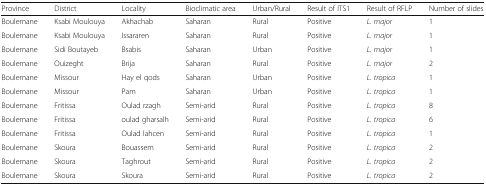
<table><thead><tr><td><b>Province</b></td><td><b>District</b></td><td><b>Locality</b></td><td><b>Bioclimatic area</b></td><td><b>Urban/Rural</b></td><td><b>Result of ITS1</b></td><td><b>Result of RFLP</b></td><td><b>Number of slides</b></td></tr></thead><tbody><tr><td>Boulemane</td><td>Ksabi Moulouya</td><td>Akhachab</td><td>Saharan</td><td>Rural</td><td>Positive</td><td><i>L. major</i></td><td>1</td></tr><tr><td>Boulemane</td><td>Ksabi Moulouya</td><td>Issararen</td><td>Saharan</td><td>Rural</td><td>Positive</td><td><i>L. major</i></td><td>1</td></tr><tr><td>Boulemane</td><td>Sidi Boutayeb</td><td>Bsabis</td><td>Saharan</td><td>Urban</td><td>Positive</td><td><i>L. major</i></td><td>1</td></tr><tr><td>Boulemane</td><td>Ouizeght</td><td>Brija</td><td>Saharan</td><td>Rural</td><td>Positive</td><td><i>L. major</i></td><td>2</td></tr><tr><td>Boulemane</td><td>Missour</td><td>Hay el qods</td><td>Saharan</td><td>Urban</td><td>Positive</td><td><i>L. tropica</i></td><td>1</td></tr><tr><td>Boulemane</td><td>Missour</td><td>Pam</td><td>Saharan</td><td>Urban</td><td>Positive</td><td><i>L. tropica</i></td><td>1</td></tr><tr><td>Boulemane</td><td>Fritissa</td><td>Oulad rzagh</td><td>Semi-arid</td><td>Rural</td><td>Positive</td><td><i>L. tropica</i></td><td>8</td></tr><tr><td>Boulemane</td><td>Fritissa</td><td>oulad gharsalh</td><td>Semi-arid</td><td>Rural</td><td>Positive</td><td><i>L. tropica</i></td><td>6</td></tr><tr><td>Boulemane</td><td>Fritissa</td><td>Oulad lahcen</td><td>Semi-arid</td><td>Rural</td><td>Positive</td><td><i>L. tropica</i></td><td>1</td></tr><tr><td>Boulemane</td><td>Skoura</td><td>Bouassem</td><td>Semi-arid</td><td>Rural</td><td>Positive</td><td><i>L. tropica</i></td><td>2</td></tr><tr><td>Boulemane</td><td>Skoura</td><td>Taghrout</td><td>Semi-arid</td><td>Rural</td><td>Positive</td><td><i>L. tropica</i></td><td>2</td></tr><tr><td>Boulemane</td><td>Skoura</td><td>Skoura</td><td>Semi-arid</td><td>Rural</td><td>Positive</td><td><i>L. tropica</i></td><td>2</td></tr></tbody></table>